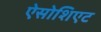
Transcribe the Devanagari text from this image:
ऐसोशिएट